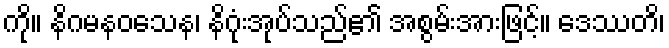
ကို။ နိဂမနဝသေန၊ နိဂုံးအုပ်သည်၏ အစွမ်းအားဖြင့်။ ဒေဿတိ၊